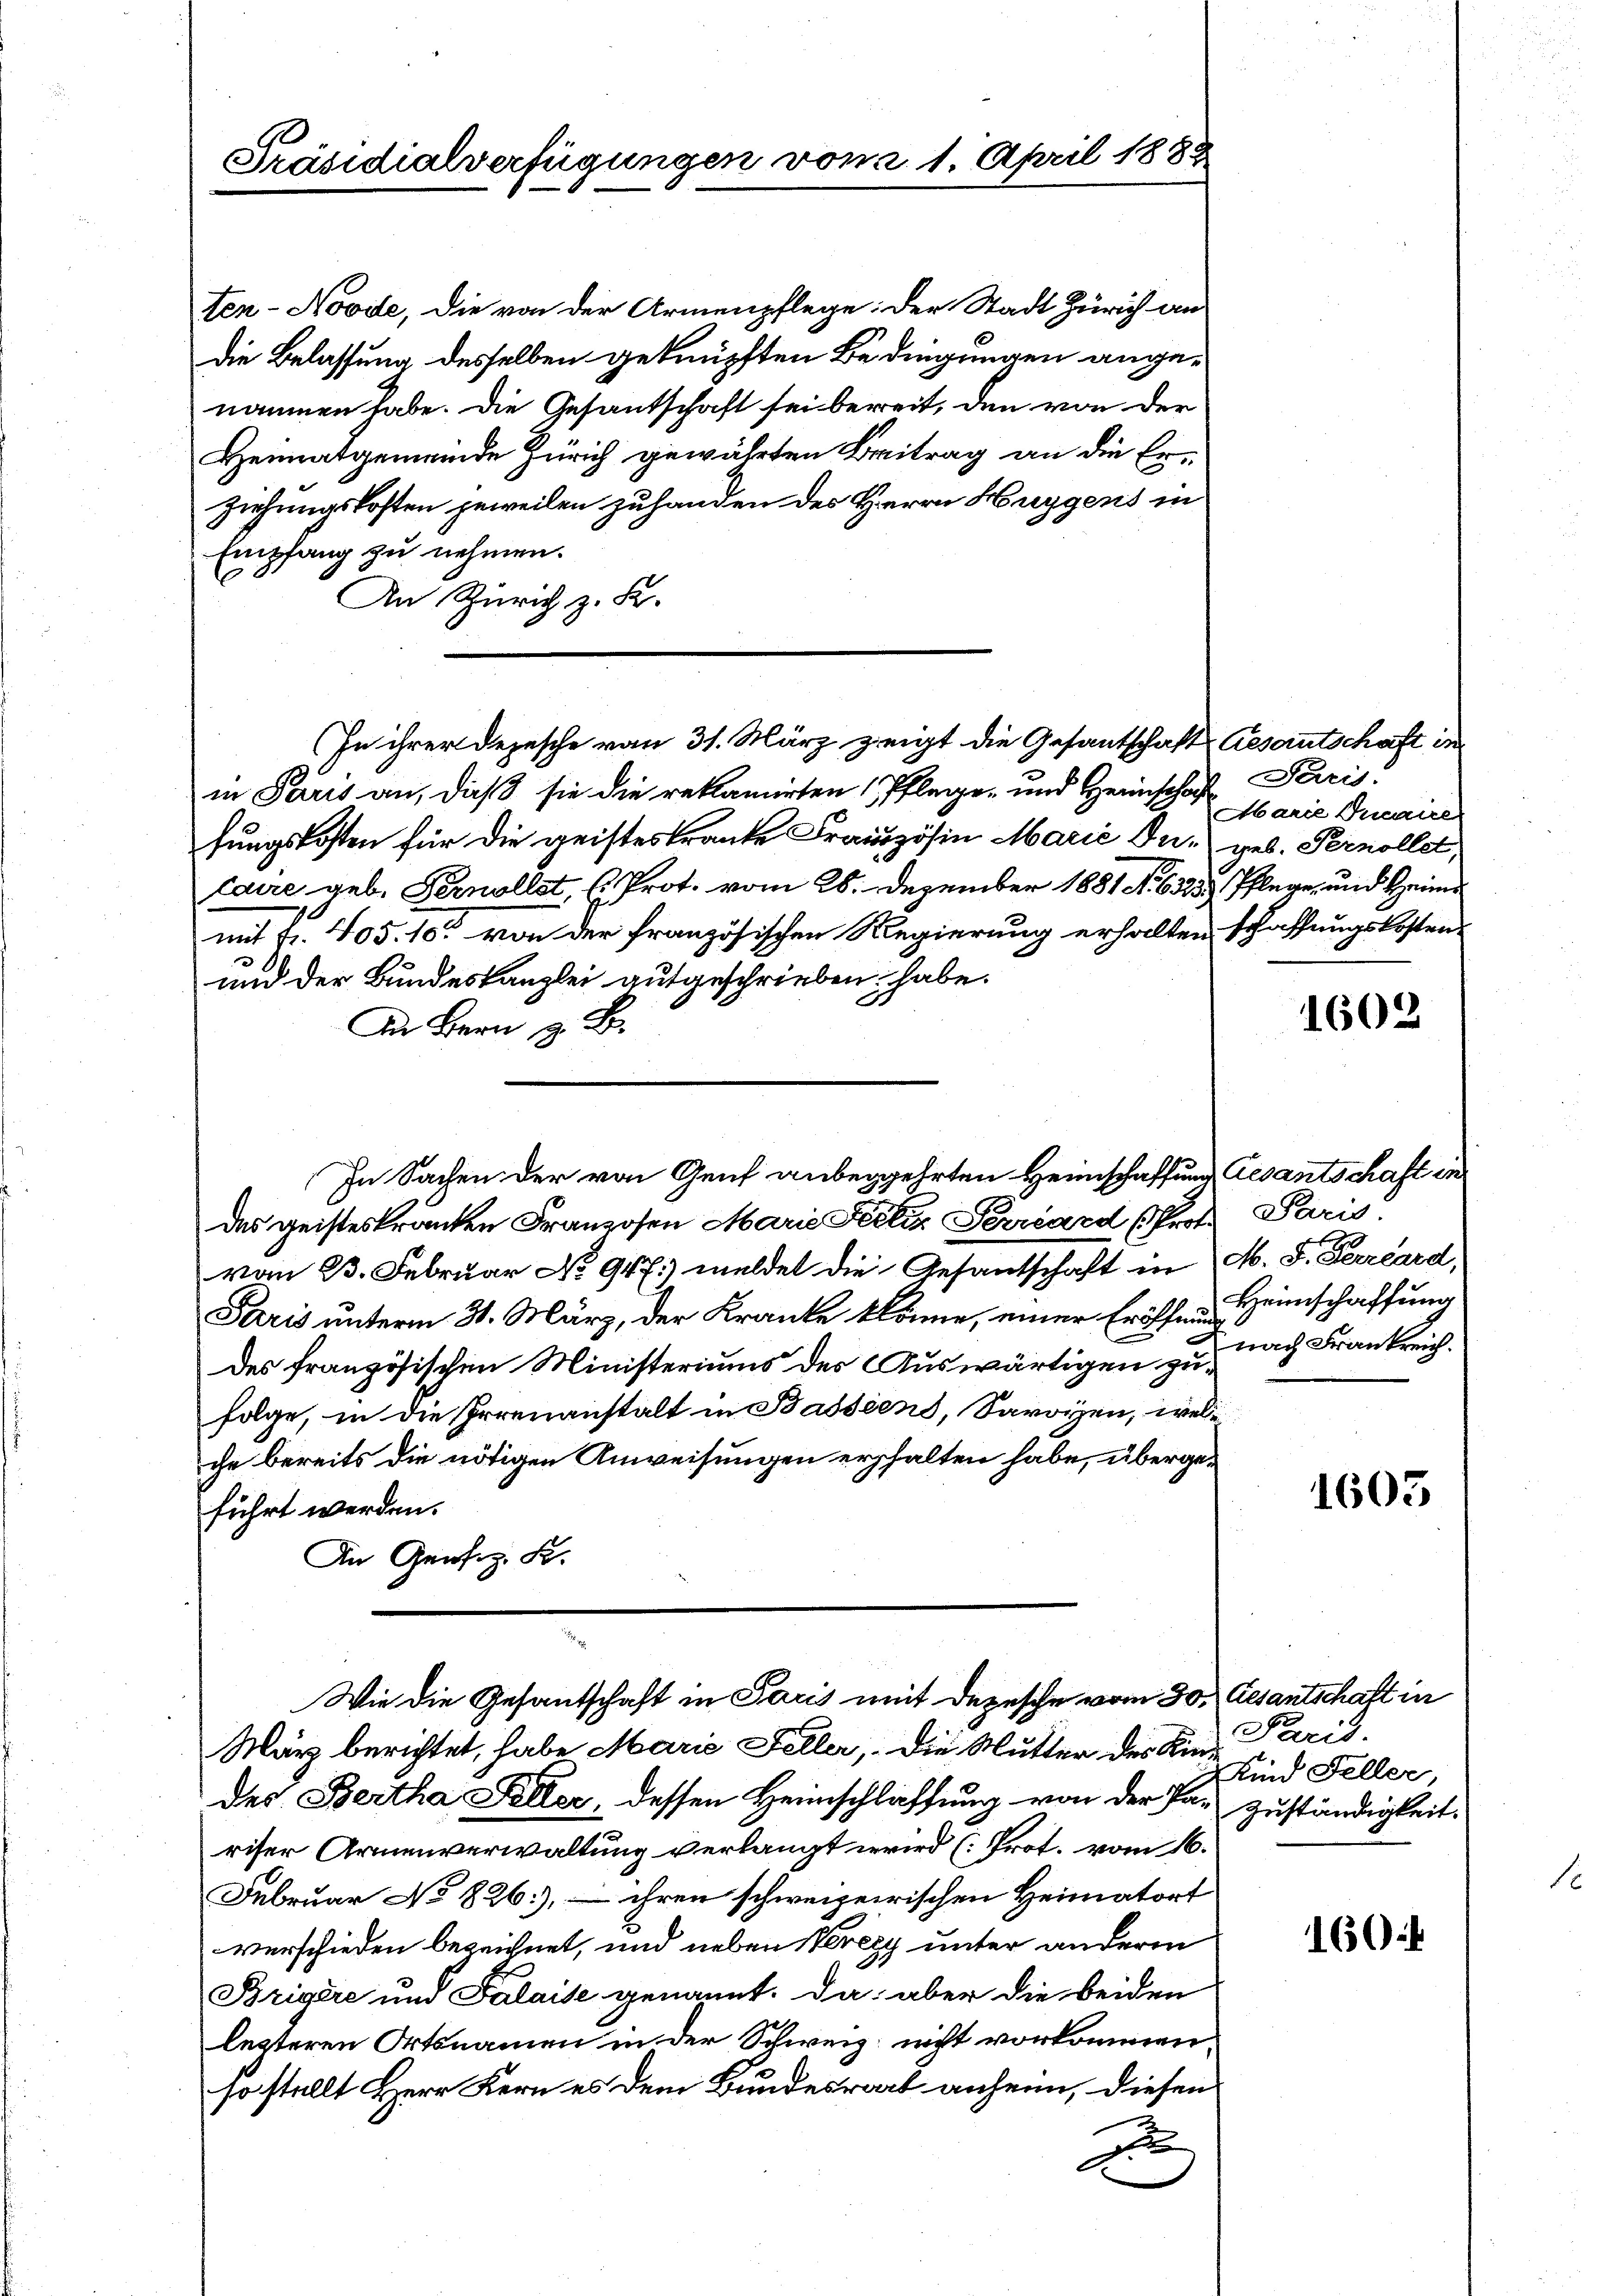
Präsidialverfügungen vom 21. April 1883

ten-Noode, die von der Armenpflege: Der Stadt Zürich an
die Belassung desselben geknüpften Bedingungen angenommen habe. Die Gesantschaft sei bereit, den von der
Heimatgemeinde Zürich gewährten Beitrag an die Erziehungskosten jeweilen zuhanden des Herrn Huggens in
Empfang zu nehmen.
An Zürich z. K.
in Paris an, daß sie die reklamirten Pflege- und Heimschaft Paris
fungskosten für die geisteskranke Französin Marie Du geb. Pernollst,
caire geb. Pernollst, (Prot. vom 28. Dezember 1881 No 63233 Pflege, und Heim
mit Fr. 405. 10. von der französischen Regierung erhalten schaffungskosten¬
3
und der Bundeskanzlei gutgeschrieben habe.
Die Bern z. B.
des geisteskranken Franzosen Marie Feilen Perrard (Prof.
von 13. Februar No 947) meldet die Gesantschaft in M. F. Ferrard,
Paris unterm 31. März, der Kranke käme, einer Eröffnung
des französischen Ministeriums des Auswärtigen zufolge, in die Irrenanstalt in Bassiens, Savoyen, welche bereits die nötigen Anweisungen erhalten habe, übergeführt werden.
An Genfiz. K.
Wie die Gesantschaft in Paris mit Depesche vom 30.
März berichtet, habe Marie Foller, Die Mutter des Kin-
des Bertha Feller, dessen Heimschlaffung von der Tag zuständigkeit.
riser Armenverwaltung verlangt wird (Prot. vom 16.
Februar No 826), – ihren schweizerischen Heimatort
verschieden bezeichnet, und neben Verey unter anderm
Brigère und Palaise genannt. Da aber die beiden
lezteren Ortsnamen in der Schweiz nicht vorkommen.
so stellt Herr Kern es dem Bundesrath anheim, diesen
A

In ihrer Depesche vom 31. März zeigt die Gesantschaft Gesantschaft in

In Sachen der von Genf anbegehrten Heimschaffung Gesantschaft in

Marie Incaire

1602

Paris.
Heimschaffung
nach Frankreich.

1605

Gesantschaft in
Paris.
Kind Feller,

160.